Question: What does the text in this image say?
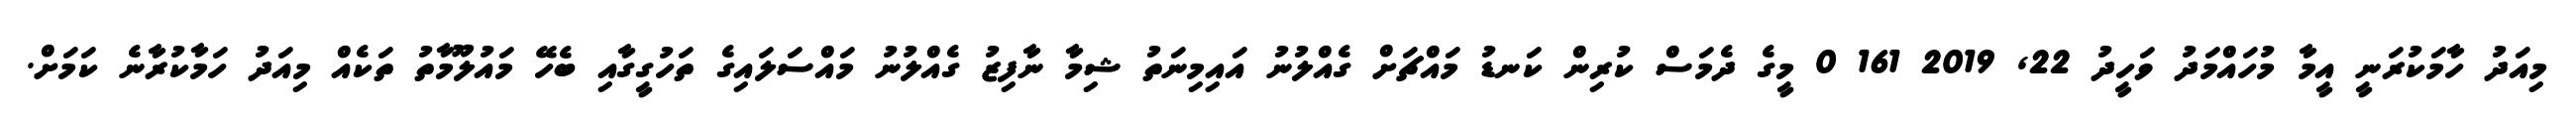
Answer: މިއަދު ހާމަކުރަނީ އީމާ މުހައްމަދު ވަހީދު 22, 2019 161 0 މީގެ ދެމަސް ކުރިން ކަނޑު މައްޗަށް ގެއްލުނު އައިމިނަތު ޝިމާ ނާފިޒު ގެއްލުނު މައްސަލައިގެ ތަހުގީގާއި ބެހޭ މައުލޫމާތު ތަކެއް މިއަދު ހަމާކުރާނެ ކަމަށް.